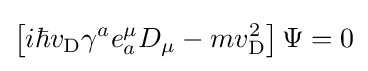
\left[i\hbar v_{\rm {D}}\gamma ^{a}e_{a}^{\mu }D_{\mu }-mv_{\rm {D}}^{2}\right]\Psi =0